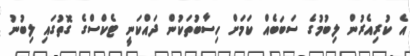
އެ ކުރިއެރުން ލިބުމުގެ ސަބަބެއް ކަމަށް ހިސާބުތަކުން ދައްކަނީ ޓެކްސްގެ ގޮތުގައި ލިބުނު